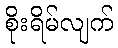
စိုးရိမ်လျက်